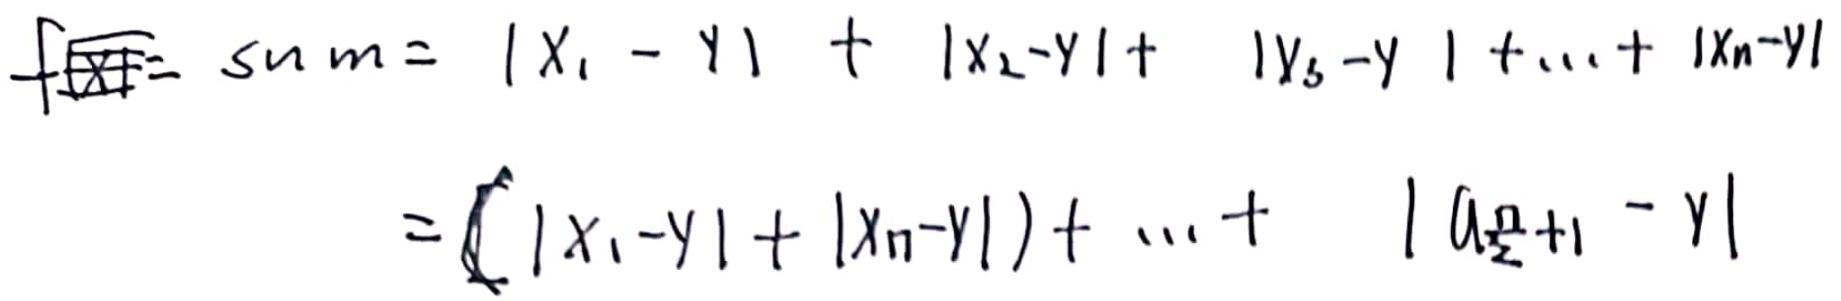
\[
\begin{align*}
\mathrm{sum}&=|x_1 - y|+|x_2 - y|+|x_3 - y|+\cdots+|x_n - y|\\
&=(|x_1 - y|+|x_n - y|)+\cdots+|a_{\frac{n}{2}+1}-y|
\end{align*}
\]